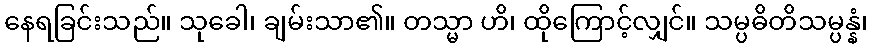
နေရခြင်းသည်။ သုခေါ၊ ချမ်းသာ၏။ တသ္မာ ဟိ၊ ထိုကြောင့်လျှင်။ သမ္ပဓိတိသမ္ပန္နံ၊